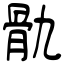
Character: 骩